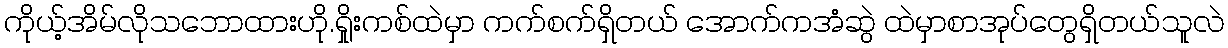
ကိုယ့်အိမ်လိုသဘောထားဟို.ရှိုးကစ်ထဲမှာ ကက်စက်ရှိတယ် အောက်ကအံဆွဲ ထဲမှာစာအုပ်တွေရှိတယ်သူလဲ